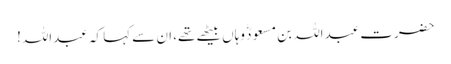
حضرت عبداللہ بن مسعودؓ وہاں بیٹھے تھے، ان سے کہا کہ عبداللہ!